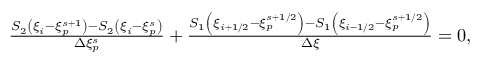
\begin{array} { r } { \frac { S _ { 2 } \left( \xi _ { i } - \xi _ { p } ^ { s + 1 } \right) - S _ { 2 } \left( \xi _ { i } - \xi _ { p } ^ { s } \right) } { \Delta \xi _ { p } ^ { s } } + \frac { S _ { 1 } \left( \xi _ { i + 1 / 2 } - \xi _ { p } ^ { s + 1 / 2 } \right) - S _ { 1 } \left( \xi _ { i - 1 / 2 } - \xi _ { p } ^ { s + 1 / 2 } \right) } { \Delta \xi } = 0 , } \end{array}